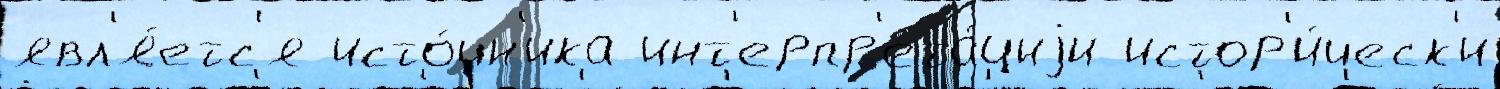
явл'я́етс'я исто́чн'ика инт'ерпр'ета́циjи истор'и́ческ'и